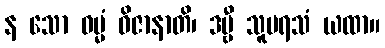
န သော ဓမ္မံ ဝိဇာနာတိ၊ ဒဗ္ဗီ သူပရသံ ယထာ။